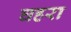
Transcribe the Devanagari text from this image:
घहरा